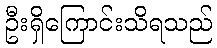
ဦးရှိကြောင်းသိရသည်